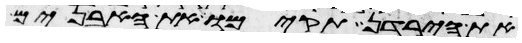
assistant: את הירדן תקימו את האבנים